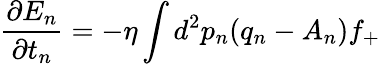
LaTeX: \frac{\partial E_{n}}{\partial t_{n}}=-\eta\int d^{2}p_{n}(q_{n}-A_{n})f_{+}